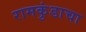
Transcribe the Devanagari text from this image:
रामकुंडाचा